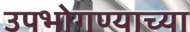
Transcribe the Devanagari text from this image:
उपभोगण्याच्या